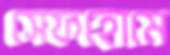
সেফহোমে